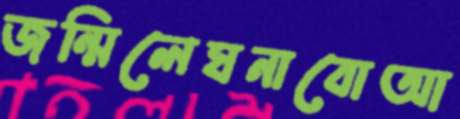
জন্মিলেঘনাবোআ